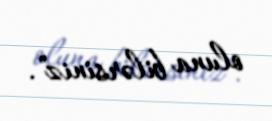
oluna bilərsiniz".